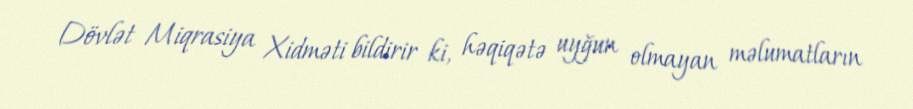
Dövlət Miqrasiya Xidməti bildirir ki, həqiqətə uyğun olmayan məlumatların